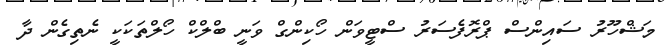
މަޝްހޫރު ސައިންސް ޕްރޮފެސަރު ސްޓީވަން ހޯކިންގް ވަނީ ބްލްކް ހޯލްތަކަކީ ނެތިގެން ދާ